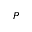
P